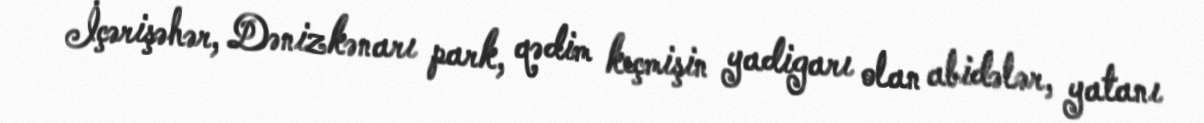
İçərişəhər, Dənizkənarı park, qədim keçmişin yadigarı olan abidələr, yatanı